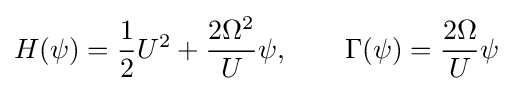
H(\psi )={\frac {1}{2}}U^{2}+{\frac {2\Omega ^{2}}{U}}\psi ,\qquad \Gamma (\psi )={\frac {2\Omega }{U}}\psi